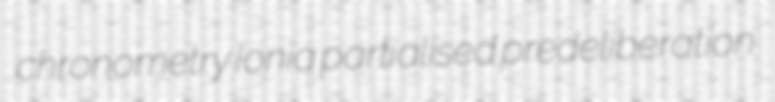
chronometry Ionia partialised predeliberation